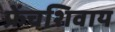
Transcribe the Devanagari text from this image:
फ्रेंचशिवाय